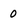
Character: 0